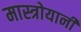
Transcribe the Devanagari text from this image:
मास्त्रोयानी